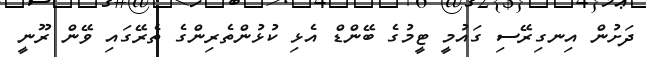
ދަށުން އިނގިރޭސި ގައުމީ ޓީމުގެ ބޭންޑް އެޅި ކުޅުންތެރިންގެ ތެރޭގައި ވޭން ރޫނީ